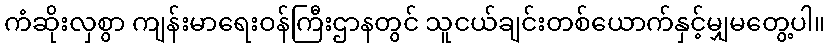
ကံဆိုးလှစွာ ကျန်းမာရေးဝန်ကြီးဌာနတွင် သူငယ်ချင်းတစ်ယောက်နှင့်မျှမတွေ့ပါ။